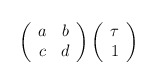
\begin{align*} \left( \begin{array}{cc} a & b\\ c & d \end{array} \right) \left( \begin{array}{c} \tau \\ 1 \end{array} \right)\end{align*}